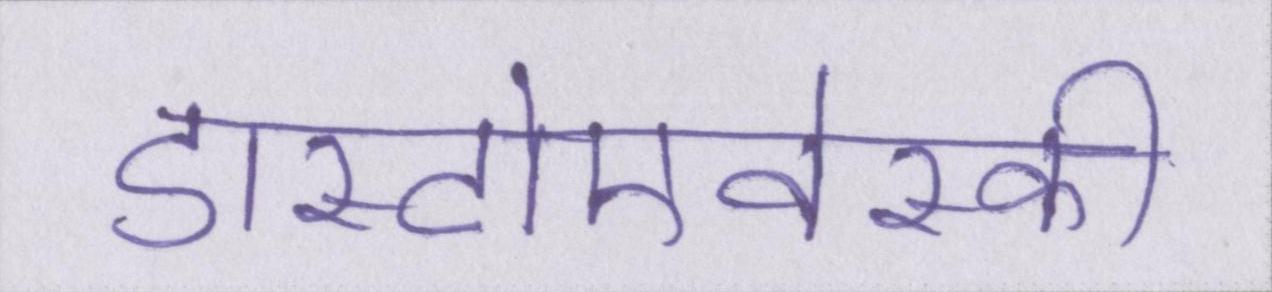
डास्टोएवेस्की